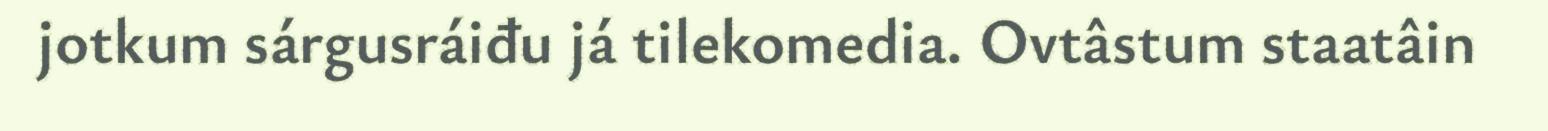
jotkum sárgusráiđu já tilekomedia. Ovtâstum staatâin